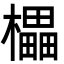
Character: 櫑